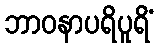
ဘာဝနာပရိပူရိံ